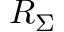
R _ { \Sigma }